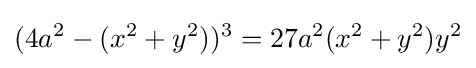
(4a^{2}-(x^{2}+y^{2}))^{3}=27a^{2}(x^{2}+y^{2})y^{2}